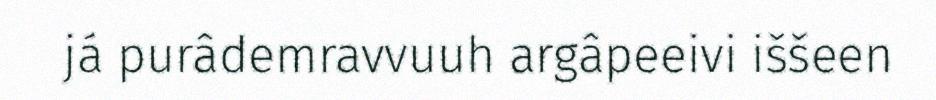
já purâdemravvuuh argâpeeivi iššeen